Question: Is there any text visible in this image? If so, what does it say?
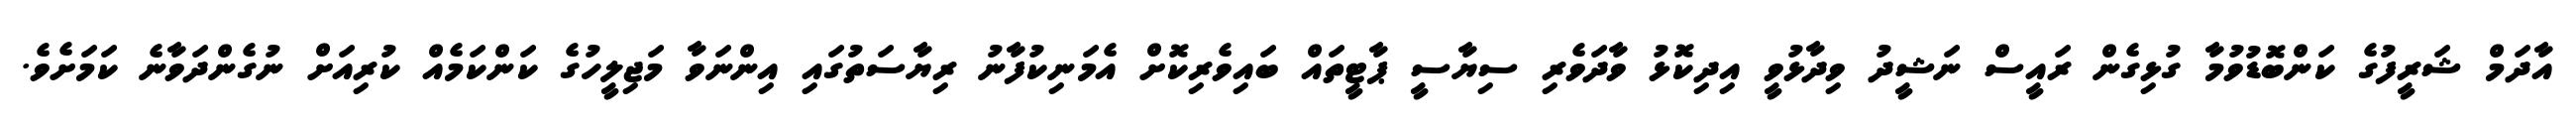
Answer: އާދަމް ޝަރީފުގެ ކަންބޮޑުވުމާ ގުޅިގެން ރައީސް ނަޝީދު ވިދާޅުވީ އިދިކޮޅު ވާދަވެރި ސިޔާސީ ޕާޓީތައް ބައިވެރިކޮށް އެމަނިކުފާނު ރިޔާސަތުގައި އިންނަވާ މަޖިލީހުގެ ކަންކަމެއް ކުރިއަށް ނުގެންދަވާނެ ކަމަށެވެ.